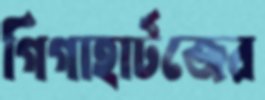
গিগাহার্টজের